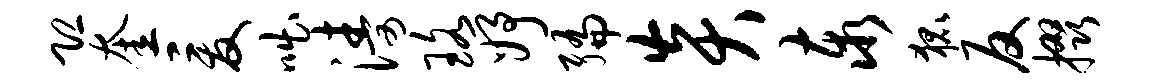
恐奎爰咄涛珞妤编炎泰狐反掇